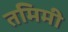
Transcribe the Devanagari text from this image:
तमिमी